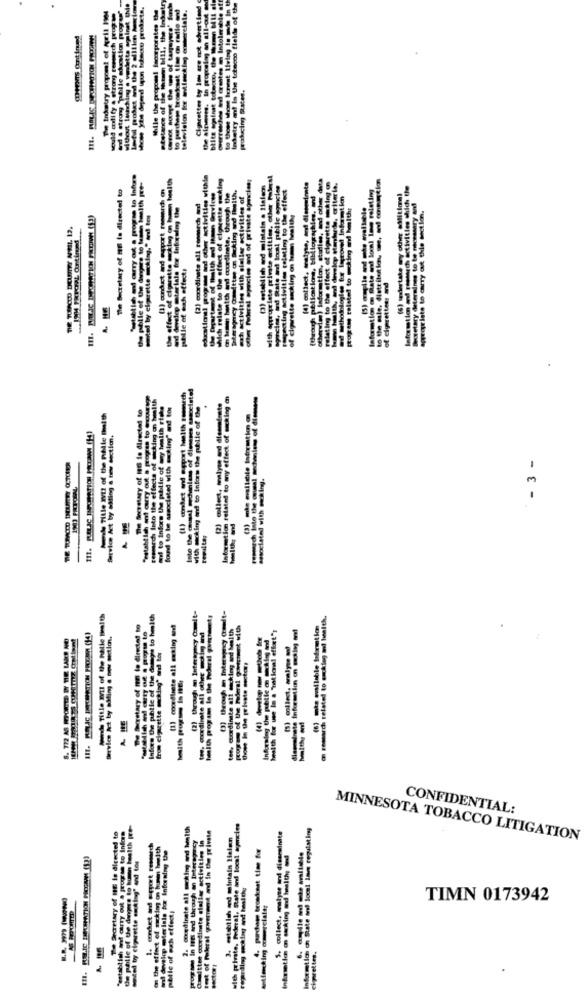
While the proposal Incorporates Che
etstance of the woman bill, the Industry
television for atlast log commaretale.
Cliprettes by low are not advertised
Inhetry ant is the tobacco fleide of the
Tw Inatry propomt of April 19
policing States.
the effect of cigarette markting on tarcon health
edastions! progress and other activities withia
which relate to the effect of closcette outing
other Federal agencies and of private apmicien;
with appropriate private etition, other Poderal
prette eting @
The Secretary of HER Is directed to
(3) establish ed mistain . 1talemn
ycie, ind State and local pibile agencies
secting activities relating to the effect
(4) collect, westyse, and dieseuimte
p flanked, criteria.
(6) wertate wy other sffition!
Information and research activities which the
(2) coordinate all renmarch tod
wman howith and coordinate, through the
Tetersgmcy Omadttoe on Sicking ud Ihealth,
zach activities with oleller activities of
(1) conduct and export rogar
[tuget tolate! to cking and healthy
Secretary determines to te necessary and
aggreglate to carry out this section.
ting to the effect of cigarette
laformation @ mate and local in
.ISH FPOPL Ontineed
pelle of och effect!
(through pellation, b
of cigarettes: and
A. HE
other
(l) anket and export hwith femmech
teamcch Into the effects of ticking on health
Information related to any effect of making a
The Suretary of IS fe directa! to
mil to inform the pbile of wy health risks
found to be associated with king" and! bor
with moking and to inform the public of the
And Title 2V12 of the RMle Ihealth
Service Act by såting a new section.
- 3 -
sasociated with meking.
revalto;
(2) through an Interspecy Comit-
Pand Title mit of the halle Shealth
Infos thee phile of the dassgis to health
remarch related to erklug mi health.
(1) coordinate all making and
toe. onordimite all other cottig and
tee, coordinate alt aching and health
pogres of the Mleral powerment with
health for use in a 'Tational effet";
Service Act by atting a boy section.
In the private sector
Molth port is itEr
CONFIDENTIAL:
The Secretary of HE is directed to
the phile of the dangers to human health pre-
@xedinate all sucking and ivaith
soit of Peleral grenvent and in the private
with private, Federal, State and local agmcies
3: estratich and maintain Helen
tyne en disseminate
on the effect of moking on human 1with
and develop materials for Informing the
mittee coordinate elallar activities in
4. pardappo broskest time for
MINNESOTA TOBACCO LITIGATION
Togan In fort and through an Inters
motel bry cigarette siking" and tor
regarding mcklag and health
pelle of wxh effect:
TIMN 0173942
de pelle of to
ciprettes.